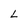
Character: L